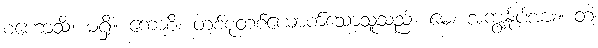
စဟောသိံ၊ မရှိ။ ကောစိ၊ တစ်စုံတစ်ယောက်သောသူသည်။ မေ၊ အကျွန်ုပ်အား။ တံ